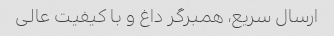
ارسال سریع، همبرگر داغ و با کیفیت عالی